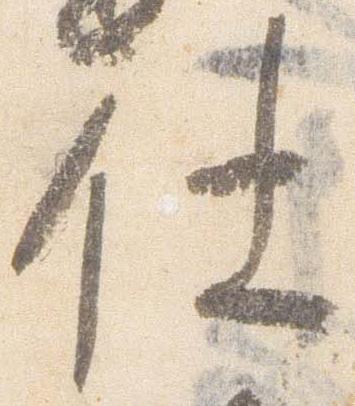
仕